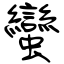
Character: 蠻